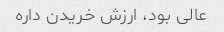
عالی بود، ارزش خریدن داره